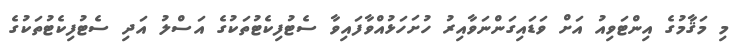
މި މަޤާމުގެ އިންޓަވިއު އަށް ވަޑައިގަންނަވާއިރު ހުށަހަޅުއްވާފައިވާ ސެޓުފިކެޓުތަކުގެ އަސްލު އަދި ސެޓުފިކެޓުތަކުގެ